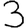
Digit: 3